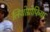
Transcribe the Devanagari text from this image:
लिथोग्रोफिया